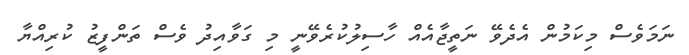
ނަމަވެސް މިކަމުން އެދެވޭ ނަތީޖާއެއް ހާސިލުކުރެވޭނީ މި ގަވާއިދު ވެސް ތަންފީޒު ކުރިއްޔާ